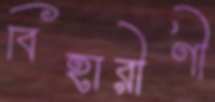
বিহারীণী